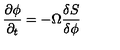
\frac { \partial \phi } { \partial _ { t } } = - \Omega \frac { \delta S } { \delta \phi }